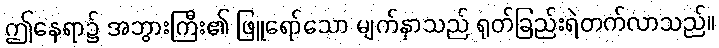
ဤနေရာ၌ အဘွားကြီး၏ ဖြူရော်သော မျက်နှာသည် ရုတ်ခြည်းရဲတက်လာသည်။